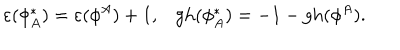
\varepsilon ( \phi _ { A } ^ { * } ) = \varepsilon ( \phi ^ { A } ) + 1 , \mathrm { g h } ( \phi _ { A } ^ { * } ) = - 1 - \mathrm { g h } ( \phi ^ { A } ) .